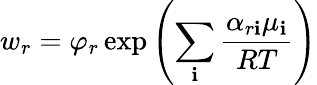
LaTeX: w_{r}=\varphi_{r}\exp\left(\sum_{\mathbf{i}}{\frac{{\alpha_{r\mathbf{i}}\mu_{\mathbf{i}}}}{{RT}}}\right)